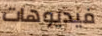
فيديوهات